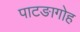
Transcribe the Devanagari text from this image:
पाटङागोह